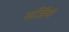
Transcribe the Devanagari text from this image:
सर्जियों